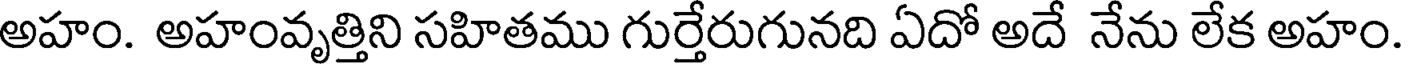
అహం. అహంవృత్తిని సహితము గుర్తేరుగునది ఏదో అదే నేను లేక అహం